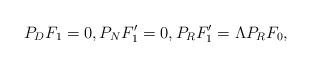
LaTeX: \begin{align*} P_D F_1 = 0, P_N F_1' = 0, P_R F_1' = \Lambda P_R F_0,\end{align*}